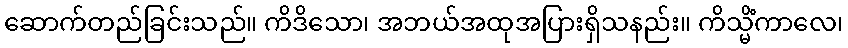
ဆောက်တည်ခြင်းသည်။ ကိဒိသော၊ အဘယ်အထုအပြားရှိသနည်း။ ကိသ္မိံကာလေ၊